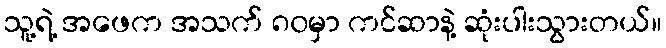
သူ့ရဲ့ အဖေက အသက် ၈၀မှာ ကင်ဆာနဲ့ ဆုံးပါးသွားတယ်။